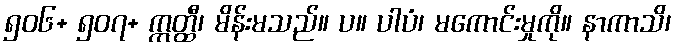
၅၀၆+ ၅၀၇+ ဣတ္ထီ၊ မိန်းမသည်။ ပ။ ပါပံ၊ မကောင်းမှုကို။ နာကာသိ၊